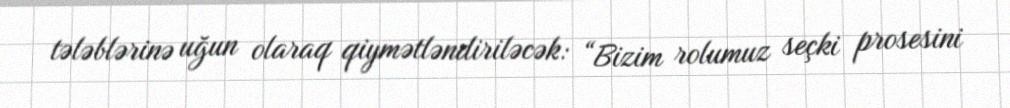
tələblərinə uğun olaraq qiymətləndiriləcək: “Bizim rolumuz seçki prosesini